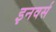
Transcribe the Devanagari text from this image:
इनवर्स